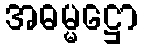
အဓမ္မဋ္ဌော